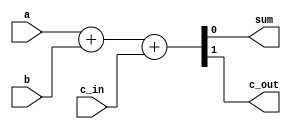
module fulladd(sum, c_out, a, b, c_in);

// I/O declaration
output sum, c_out;
input a, b, c_in;

reg sum, c_out;

// behavioral logic description
always @ (a or b or c_in)
begin
	{c_out, sum} <=  a + b + c_in;
end

// call system function to show the model being used
initial
begin
        $display("--------------Using bh model-----------------\\\\\\\\\\\\\\\\\\\\\\\\\\\\\\\\n");
end

endmodule